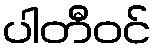
ပါတီဝင်